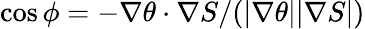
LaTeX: \cos{\phi}=-\nabla\theta\cdot\nabla S/(|\nabla\theta||\nabla S|)